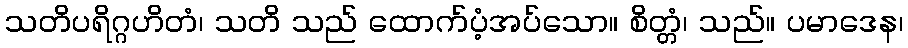
သတိပရိဂ္ဂဟိတံ၊ သတိ သည် ထောက်ပံ့အပ်သော။ စိတ္တံ၊ သည်။ ပမာဒေန၊